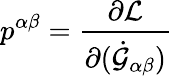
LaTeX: p^{\alpha\beta}=\frac{\partial{\cal L}}{\partial(\dot{\cal G}_{\alpha\beta})}